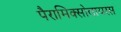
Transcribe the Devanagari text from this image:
पैरामिक्सोवायरस